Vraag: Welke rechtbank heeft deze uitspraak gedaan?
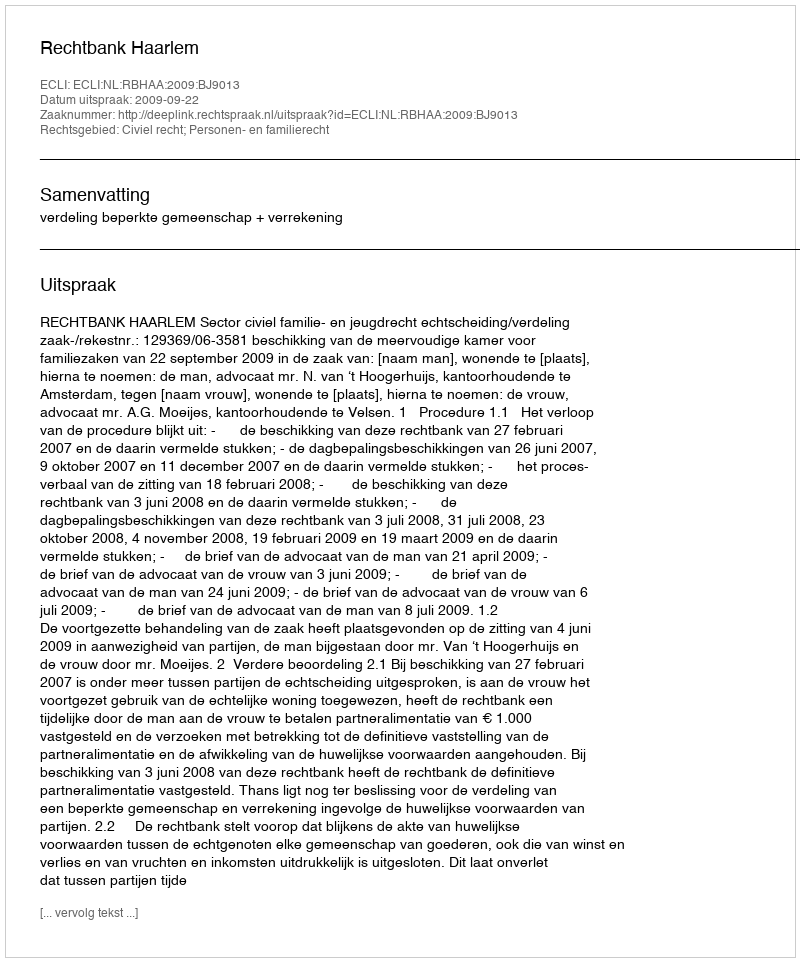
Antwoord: Rechtbank Haarlem